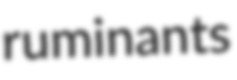
ruminants